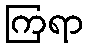
ကြရာ